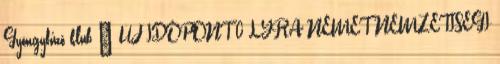
Gyöngyfűző klub – ÚJ IDŐPONT 0 LYRA NÉMET NEMZETISÉGI